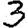
Digit: 3